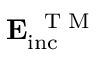
\mathbf { E _ { \mathrm { i n c } } ^ { \mathrm { ~ \tiny ~ T ~ M ~ } } }